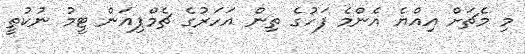
މި މެޗަށް އިއްޔެ އެންމެ ފަހުގެ ތިން އަހަރުގެ ޗެމްޕިއަން ޓީމު ނުކުތީ